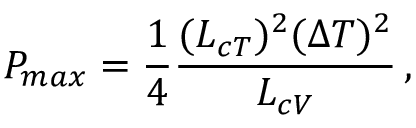
P _ { m a x } = \frac { 1 } { 4 } \frac { ( L _ { c T } ) ^ { 2 } ( \Delta T ) ^ { 2 } } { L _ { c V } } \, ,